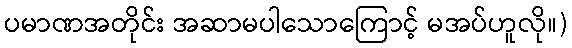
ပမာဏအတိုင်း အဆာမပါသောကြောင့် မအပ်ဟူလို။)